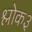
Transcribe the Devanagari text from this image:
श्लोक३